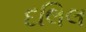
દલિલ